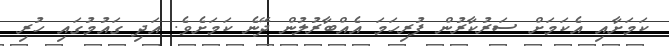
ކަމަށާއި އެކަމަށް ސަރުކާރުން ފުރިހަމަ އެއްބާރުލުން ދޭނެ ކަމަށެވެ. އަދި ގައުމުގައި ހުރި